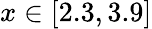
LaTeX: x\in[2.3,3.9]